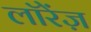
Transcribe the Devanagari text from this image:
लॉरेंज़